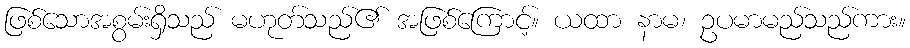
ဖြစ်သောအစွမ်းရှိသည် မဟုတ်သည်၏ အဖြစ်ကြောင့်။ ယထာ နာမ၊ ဥပမာမည်သည်ကား။